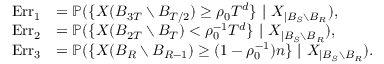
\begin{array} { r l } { \mathrm { E r r } _ { 1 } } & { = \mathbb P ( \{ X ( B _ { 3 T } \setminus B _ { T / 2 } ) \geq \rho _ { 0 } T ^ { d } \} \ | \ X _ { | B _ { S } \setminus B _ { R } } ) , } \\ { \mathrm { E r r } _ { 2 } } & { = \mathbb P ( \{ X ( B _ { 2 T } \setminus B _ { T } ) < \rho _ { 0 } ^ { - 1 } T ^ { d } \} \ | \ X _ { | B _ { S } \setminus B _ { R } } ) , } \\ { \mathrm { E r r } _ { 3 } } & { = \mathbb P ( \{ X ( B _ { R } \setminus B _ { R - 1 } ) \geq ( 1 - \rho _ { 0 } ^ { - 1 } ) n \} \ | \ X _ { | B _ { S } \setminus B _ { R } } ) . } \end{array}